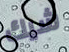
شيك